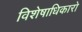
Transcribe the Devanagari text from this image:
विशेषाधिकारो